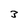
Character: 3